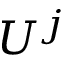
U ^ { j }